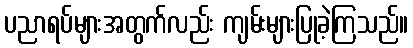
ပညာရပ်များအတွက်လည်း ကျမ်းများပြုခဲ့ကြသည်။